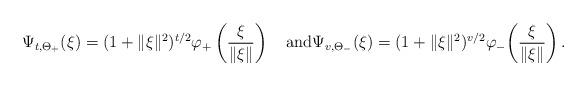
LaTeX: \begin{align*}\Psi_{t,\Theta_+}(\xi)=(1+\|\xi\|^2)^{t/2}\varphi_+\left (\frac{\xi}{\|\xi\|}\right )\quad\mbox{and}\Psi_{v,\Theta_-}(\xi)=(1+\|\xi\|^2)^{v/2}\varphi_-\biggl (\frac{\xi}{\|\xi\|} \biggr )\, .\end{align*}